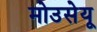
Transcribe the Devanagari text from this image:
मोउसेयू